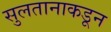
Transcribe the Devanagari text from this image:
सुलतानाकडून